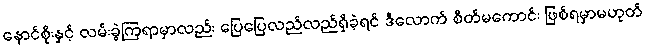
နောင်စိုးနှင့် လမ်းခွဲကြရာမှာလည်း ပြေပြေလည်လည်ရှိခဲ့ရင် ဒီလောက် စိတ်မကောင်း ဖြစ်ရမှာမဟုတ်